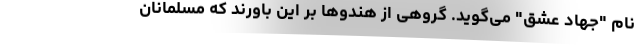
نام "جهاد عشق" می‌گوید. گروهی از هندوها بر این باورند که مسلمانان